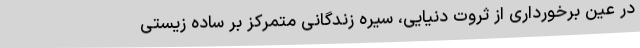
در عین برخورداری از ثروت دنیایی، سیره زندگانی متمرکز بر ساده زیستی